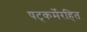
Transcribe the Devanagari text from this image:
षट्‍कर्मेरहित